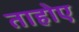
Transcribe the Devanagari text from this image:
ताहोए